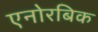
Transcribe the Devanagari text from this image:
एनोरबिक